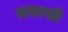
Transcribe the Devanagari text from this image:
प्रशासी